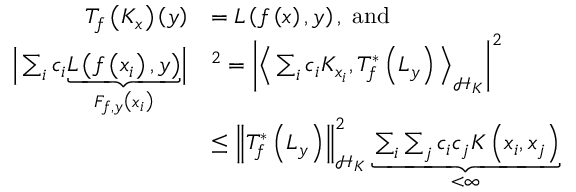
\begin{array} { r l } { T _ { f } \left( K _ { x } \right) \left( y \right) } & { = L \left( f \left( x \right) , y \right) , \; \mathrm { a n d } } \\ { \Big | \sum _ { i } c _ { i } \underset { F _ { f , y } \left( x _ { i } \right) } { \underbrace { L \left( f \left( x _ { i } \right) , y \right) } } \Big | } & { ^ { 2 } = \left| \Big \langle \sum _ { i } c _ { i } K _ { x _ { i } } , T _ { f } ^ { * } \left( L _ { y } \right) \Big \rangle _ { \mathscr { H } _ { K } } \right| ^ { 2 } } \\ & { \leq \left\Vert T _ { f } ^ { * } \left( L _ { y } \right) \right\Vert _ { \mathscr { H } _ { K } } ^ { 2 } \underset { < \infty } { \underbrace { \sum _ { i } \sum _ { j } c _ { i } c _ { j } K \left( x _ { i } , x _ { j } \right) } } } \end{array}